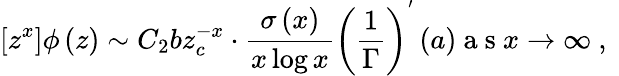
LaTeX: \left[z^{x}\right]\phi\left(z\right)\sim C_{2}bz_{c}^{-x}\cdot\frac{\sigma\left(x\right)}{x\log x}\left(\frac{1}{\Gamma}\right)^{^{\prime}}\left(a\right)\mathrm{~a~s~}x\rightarrow\infty\mathrm{~,~}